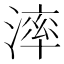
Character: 𣼧